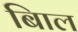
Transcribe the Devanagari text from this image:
बािल